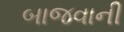
બાજવાની